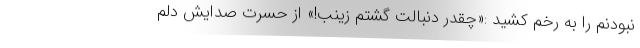
نبودنم را به رخم کشید :«چقدر دنبالت گشتم زینب!» از حسرت صدایش دلم